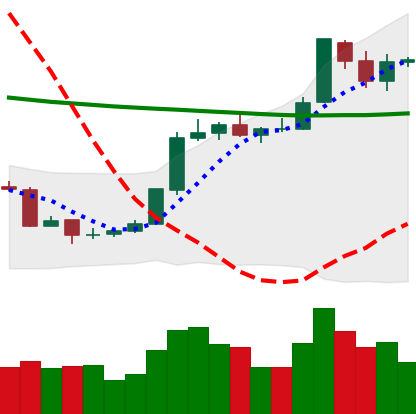
Ticker: BTC-USD
Chart end date: 2018-07-28
Forward return: -7.629%
Label: down_7plus